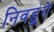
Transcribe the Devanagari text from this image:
निवडूंगे